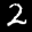
Label: 2